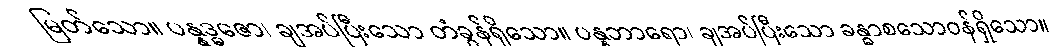
မြတ်သော။ ပန္နဒ္ဓဇော၊ ချအပ်ပြီးသော တံခွန်ရှိသော။ ပန္နဘာရော၊ ချအပ်ပြီးသော ခန္ဓာစသောဝန်ရှိသော။